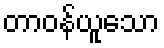
တာဝန်ယူသော